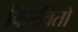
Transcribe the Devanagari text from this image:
फिरवितो